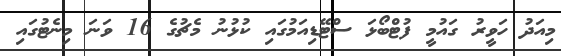
މިއަދު ހަވީރު ގައުމީ ފުޓްބޯޅަ ސްޓޭޑިއަމުގައި ކުޅުނު މެޗުގެ 16 ވަނަ މިނެޓުގައި